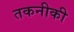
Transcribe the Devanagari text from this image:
तकनीकी